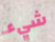
شيء